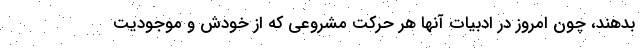
بدهند، چون امروز در ادبیات آنها هر حرکت مشروعی که از خودش و موجودیت